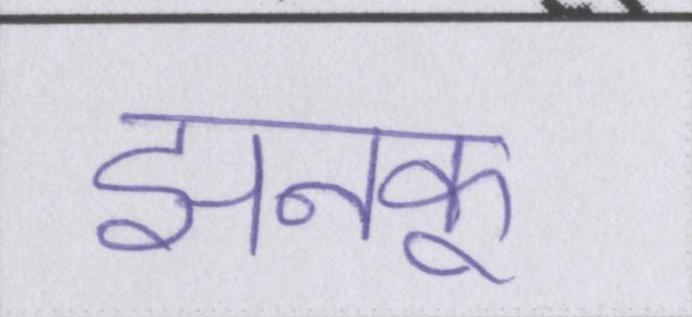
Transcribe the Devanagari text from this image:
झनकू